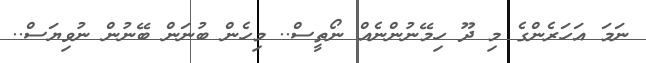
ނަމަ އަހަރެންގެ މި ދޫ ހިމޭނުންނެއް ނޯތީސް.. މިހެން ބުނަން ބޭނުން ނުވިޔަސް..